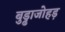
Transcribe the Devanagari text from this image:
बुड्ढाजोहड़